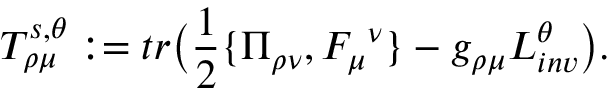
T _ { \rho \mu } ^ { s , \theta } : = t r \big ( { \frac { 1 } { 2 } } \{ \Pi _ { \rho \nu } , F _ { \mu } ^ { \ \nu } \} - g _ { \rho \mu } { \cal L } _ { i n v } ^ { \theta } \big ) .